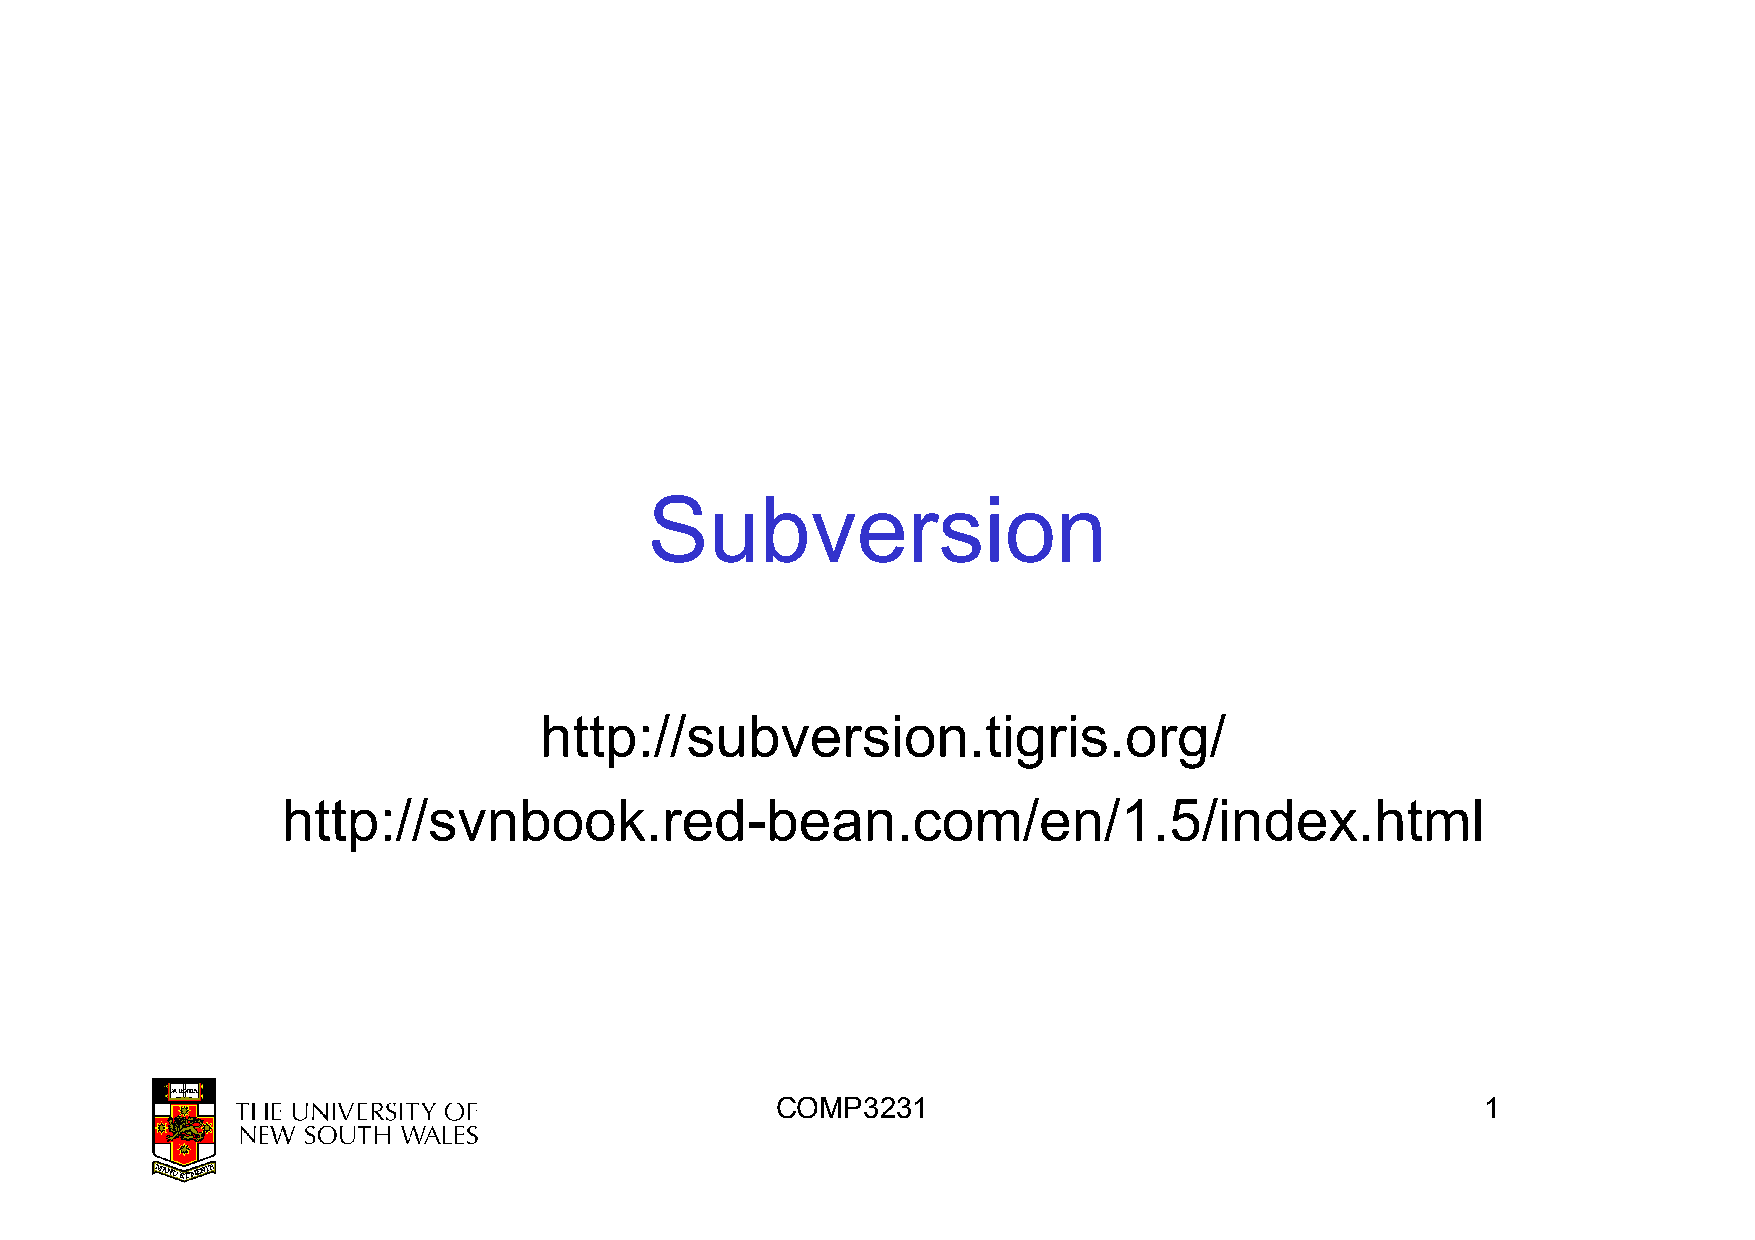
Subversion
 http://subversion.tigris.org/
 http://svnbook.red-bean.com/en/1.5/index.html
 COMP3231                                       1